Report on vaccination in the Province of Bengal - 1874-1889
Year: 1874
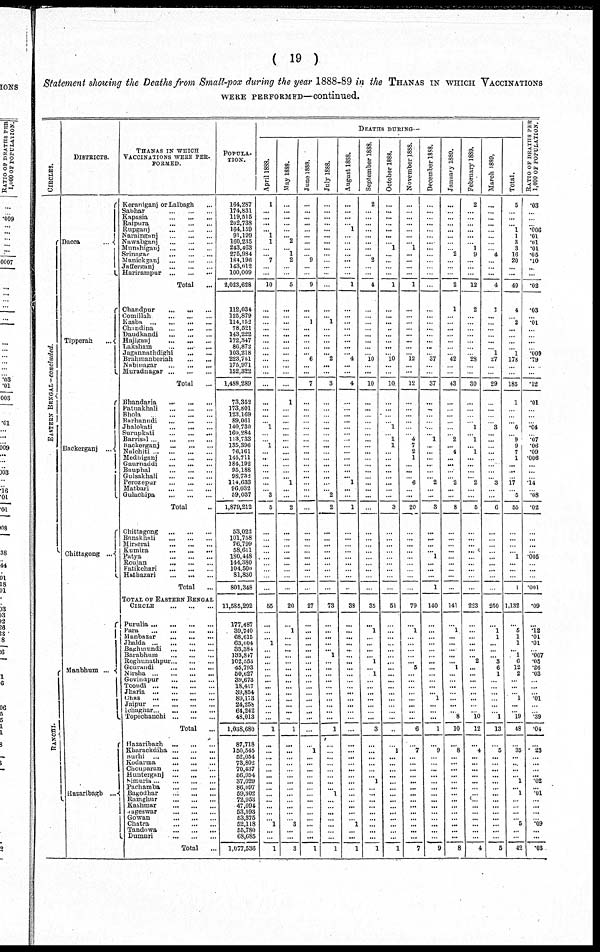
( 19 )
Statement showing the Deaths from Small-pox during the year 1888-89 in the THANAS IN WHICH VACCINATIONS
WERE PERFORMED—continued.
CIRCLES.
EASTERN BENGAL-concluded.
RANCHI.
DISTRICTS.
Dacca
...
Tipperah
...
Backerganj ...
Chittagong ...
Manbhum ...
Hazaribagh ...
THANAS IN WHICH
VACCINATIONS WERE PER¬
FORMED.
Keraniganj or Lalbagh ...
Sabhar
...
...
...
Kapasia
...
...
...
Raipura
...
...
...
Rupganj
...
...
...
Naraiganj
...
...
...
Nawabganj
...
...
...
Manshiganj
...
...
...
Srinngar
...
...
...
Manickganj
...
...
...
Jafferganj
...
...
...
Harirampur
...
...
...
Total ...
Chandpur
...
...
...
Comillah
...
...
...
Kasba
...
...
...
...
Chandina
...
...
...
Daudkandi
...
...
...
Hajiganj
...
...
...
Laksham ... ... ...
Jugannathdighi
...
...
Brahmanberiah ... ...
Nabinagar
...
...
...
Muradnagar
...
...
...
Total ...
Bhandaria
...
...
...
Patuakhali
...
...
...
Bhola
...
...
...
Barhanudi
...
...
...
Jhalokati
...
...
...
Surupkati
...
...
...
Barrisal
...
...
...
...
Backerganj
...
...
...
Nalchiti
...
...
...
Medhiganj
...
...
...
Gaurnaddi
...
...
...
Bauphal
...
...
...
Gulsakhali
...
...
...
Perozepur
...
...
...
Matbari
...
...
...
Gulachipa
...
...
...
Total ...
Chittagong
...
...
...
Banskhali
...
...
...
Mirserai
...
...
...
Kumira
...
...
...
Patya
...
...
...
Roujan
...
...
...
Fatikchari
...
...
...
Hathazari ... ... ...
Total ...
TOTAL OF EASTERN BENGAL
CIRCLE
...
...
...
Purulia
...
...
...
...
Para
...
...
...
...
Manbazar ... ... ...
Jhalda
...
...
...
...
Baghmundi
...
...
...
Barabhum
...
...
...
Roghunathpur ... ... ...
Gourandi
...
...
...
Nirsha
...
...
...
...
Govindpur ... ... ...
Toondi ... ... ...
Jharia
...
...
...
...
Chas
...
...
...
...
Jaipur
...
...
...
...
Ichaghar
...
...
...
...
Topechanchi ... ... ... ...
Total
...
Hazaribagh ...
...
...
Kharackdiha ... ... ...
Burhi
...
...
...
...
Kodarma ... ... ...
Chouparan ... ... ...
Hunterganj
...
...
...
Simaria
...
...
...
Pachamba ... ... ...
Bagodhar
...
...
...
Ramghur
...
...
...
Kashmar
...
...
...
Gageswar
...
...
...
Gowan
...
...
...
Chatra
...
...
...
Tandowa
...
...
...
Dumuri
...
...
...
Total ...
POPULA-
----.
164,287
174,831
119,515
202,738
164,159
91,199
160,235
243,463
275,984
184,196
143,012
100,009
2,023,628
112,034
125,879
114,152
78,521
143,222
172,347
86,872
103,218
223,751
175,971
152,322
1,488,289
73,352
173,801
123,169
89,061
140,730
160,284
113,733
135,396
76,161
145,711
184,192
95,188
98,732
114,633
96,032
59,037
1,879,212
53,022
101,758
76,799
58,611
180,448
144,380
104,500
81,830
801,348
11,585,292
177,487
39,740
68,615
63,004
33,384
133,847
102,553
45,793
50,627
39,673
18,417
39,854
89,178
24,258
64,242
48,013
1,038,680
87,718
150,545
52,054
73,802
70,437
56,954
37,029
86,097
59,302
72,953
47,094
53,593
53,375
52,118
55,780
68,685
1,077,536
DEATHS DURING—
April 1888.
1
...
...
...
... 1
1
...
... 7
...
...
10
...
...
...
...
...
...
...
...
...
...
...
...
...
...
...
...
1
...
...
1
...
...
...
...
...
...
...
3
5
...
...
...
...
...
...
...
...
...
65
...
...
...
1
...
...
...
...
...
...
...
...
...
...
...
...
1
...
...
...
...
...
...
...
...
...
...
...
...
...
1
...
...
1
May 1888.
...
...
...
...
...
...
2
...
1
2
...
...
5
...
...
...
...
...
...
...
...
...
...
...
...
1
...
...
...
...
...
...
...
...
...
...
...
...
1
...
...
2
...
...
...
...
...
...
...
...
...
20
...
1
...
...
...
...
...
... ...
...
...
...
...
...
...
...
1
...
...
...
...
...
...
... ...
...
...
...
...
...
3
...
...
3
June 1888.
...
...
...
...
...
...
...
...
...
9
...
...
9
...
... 1
...
...
...
...
...
6
...
...
7
...
...
...
...
...
...
...
...
...
...
...
...
...
...
...
...
...
...
...
...
...
...
...
...
...
...
27
...
...
...
...
...
...
...
...
...
...
...
...
...
...
...
...
...
...
1
...
...
...
...
...
...
...
... ...
...
...
...
...
...
1
July 1888.
...
...
...
...
...
...
...
...
...
...
...
...
...
...
... 1
...
...
...
...
... 2
...
...
3
...
...
...
...
...
...
...
...
...
...
...
...
...
...
...
2
2
...
...
...
...
...
...
...
...
...
73
...
...
...
...
... 1
...
...
...
...
...
...
...
...
...
...
1
...
...
...
...
...
...
...
...
1
...
...
...
...
...
...
...
1
August 1888.
...
...
...
...
1
...
...
...
...
...
...
...
1
...
...
...
...
...
...
...
...
4
...
...
4
...
...
...
...
...
...
...
...
...
...
...
...
... 1
...
...
1
...
...
...
...
...
...
...
...
...
38
...
...
...
...
...
...
...
...
...
...
...
...
...
...
...
...
...
...
...
...
...
...
...
... ...
...
...
...
...
...
1
...
...
1
September 1888.
2
...
...
...
...
...
...
...
... 2
...
...
4
...
...
...
...
...
...
...
...
10
...
...
10
...
...
...
...
...
...
...
...
...
...
...
...
...
...
...
...
...
...
...
...
...
...
...
...
...
...
35
...
1
...
...
...
... 1
... 1
...
...
...
...
...
...
...
3
...
...
...
...
...
... 1
...
...
... ...
...
...
...
...
...
1
October 1888.
...
...
...
...
...
...
...
1
...
...
...
...
1
...
...
...
...
...
...
...
...
10
...
...
10
...
...
...
...
1
...
1
1
...
...
...
...
...
...
...
...
3
...
...
...
...
...
...
...
...
...
51
...
...
...
...
...
...
...
...
...
...
...
...
...
...
...
...
...
...
1
...
...
...
...
...
...
...
... ...
...
...
...
...
...
1
November 1888.
...
...
...
...
...
...
...
1
...
...
...
...
1
...
...
...
...
...
...
...
...
12
...
...
12
...
...
...
...
...
...
4
7
2
1
...
...
...
6
...
...
20
...
...
...
...
...
...
...
...
...
79
...
1
...
...
...
...
... 5
...
...
...
...
...
...
...
...
6
...
1
...
...
...
...
...
...
...
... ...
...
...
...
...
...
7
December 1888.
...
...
...
...
...
...
...
...
...
...
...
...
...
...
...
...
...
...
...
...
...
37
...
...
37
...
...
...
...
...
... 1
...
...
...
...
...
...
2
...
...
3
...
...
...
... 1
...
...
...
1
140
...
...
...
...
...
...
...
...
...
...
...
...
1
...
...
...
1
...
9
...
...
...
...
...
...
...
... ...
...
...
...
...
...
9
January 1889.
...
...
...
...
...
...
...
...
2
...
...
...
2
1
...
...
...
...
...
...
...
42
...
...
43
...
...
...
...
...
...
2
... 4
...
...
...
...
2
...
...
8
...
...
...
...
...
...
...
...
...
141
...
1
...
...
...
...
... 1
...
...
...
...
...
...
...
8
10
...
8
...
...
...
... ...
...
...
...
...
...
...
...
...
...
8
February 1889.
2
...
...
...
...
...
...
1
9
...
...
...
12
2
...
...
...
...
...
...
...
28
...
...
30
...
...
...
...
1
...
1
...
1
...
...
...
...
2
...
...
5
...
...
...
...
...
...
...
...
...
223
...
...
...
...
...
...
2
...
...
...
...
...
...
...
...
10
12
...
4
...
...
...
...
...
...
...
...
...
...
...
...
...
...
4
March 1889,
...
...
...
...
...
...
...
...
4
...
...
...
4
1
...
...
...
...
...
...
1
27
...
...
29
...
...
...
...
3
...
...
...
...
...
...
...
...
3
...
...
6
...
...
...
...
...
...
...
...
...
250
...
1
1
...
...
...
3
6
1
...
...
...
...
...
...
1
13
...
5
...
...
...
... ...
...
...
... ...
...
...
...
...
...
5
Total.
5
...
...
...
1
1
3
3
16
20
...
...
49
4
...
2
...
...
...
... 1
178
...
...
185
1
...
...
...
6
...
9
9
7
1
...
...
...
17
...
5
55
...
...
...
...
1
...
...
...
1
1,132
...
5
1
1
... 1
6
12
2
...
...
...
1
...
...
19
48
...
35
...
...
...
...
1
... 1
...
...
...
...
5
...
...
42
RATIO OF DEATHS PER
1,000 OF POPULATION.
.03
...
...
...
.006
.01
.01
.01
.05
.10
...
...
.02
.03
...
.01
...
...
...
...
.009
.79
...
...
.12
.01
...
...
...
.04
...
.07
.06
.09
.006
...
...
...
.14
...
.08
.02
...
...
...
...
.005
...
...
...
.001
.09
...
.12
.01
.01
...
.007
.05
.26
.03
...
...
...
.01
...
...
.39
.04
...
.23
...
...
...
... .02
... .01
...
...
...
...
.09
...
...
.03